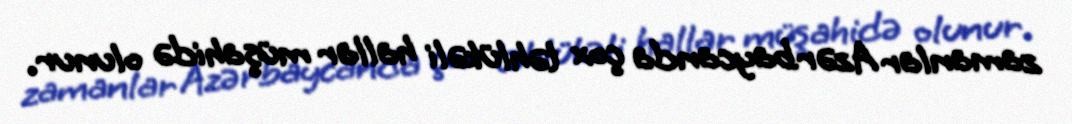
zamanlar Azərbaycanda çox təhlükəli hallar müşahidə olunur.